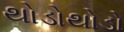
થોડોથોડો